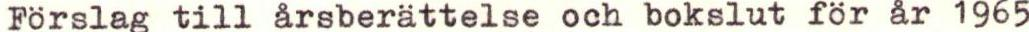
Förslag till årsberättelse och bokslut för år 1965